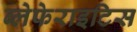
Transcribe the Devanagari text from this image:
ब्लेफेराइटिस